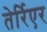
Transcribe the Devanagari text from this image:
तेर्रिएर